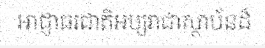
អាជ្ញាធរជាតិអប្សរាជាស្ថាប័នដ៏